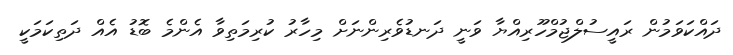
ދައްކަވަމުން ރައީސުލްޖުމްހޫރިއްޔާ ވަނީ ދަނޑުވެރިންނަށް މިހާރު ކުރިމަތިވާ އެންމެ ބޮޑު އެއް ދަތިކަމަކީ